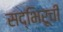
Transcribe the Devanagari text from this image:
सद्‌भिरूची